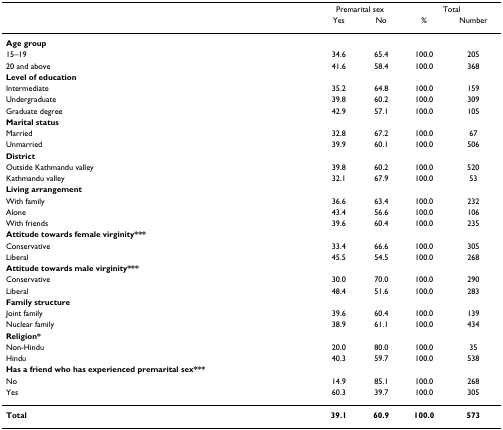
|  | <COLSPAN=2> Premarital sex | <COLSPAN=2> Total |
 |  | Yes | No | % | Number |
 | --- | --- | --- | --- | --- |
 | Age group |  |  |  |  |
 | 15–19 | 34.6 | 65.4 | 100.0 | 205 |
 | 20 and above | 41.6 | 58.4 | 100.0 | 368 |
 | Level of education |  |  |  |  |
 | Intermediate | 35.2 | 64.8 | 100.0 | 159 |
 | Undergraduate | 39.8 | 60.2 | 100.0 | 309 |
 | Graduate degree | 42.9 | 57.1 | 100.0 | 105 |
 | Marital status |  |  |  |  |
 | Married | 32.8 | 67.2 | 100.0 | 67 |
 | Unmarried | 39.9 | 60.1 | 100.0 | 506 |
 | District |  |  |  |  |
 | Outside Kathmandu valley | 39.8 | 60.2 | 100.0 | 520 |
 | Kathmandu valley | 32.1 | 67.9 | 100.0 | 53 |
 | Living arrangement |  |  |  |  |
 | With family | 36.6 | 63.4 | 100.0 | 232 |
 | Alone | 43.4 | 56.6 | 100.0 | 106 |
 | With friends | 39.6 | 60.4 | 100.0 | 235 |
 | Attitude towards female virginity*** |  |  |  |  |
 | Conservative | 33.4 | 66.6 | 100.0 | 305 |
 | Liberal | 45.5 | 54.5 | 100.0 | 268 |
 | Attitude towards male virginity*** |  |  |  |  |
 | Conservative | 30.0 | 70.0 | 100.0 | 290 |
 | Liberal | 48.4 | 51.6 | 100.0 | 283 |
 | Family structure |  |  |  |  |
 | Joint family | 39.6 | 60.4 | 100.0 | 139 |
 | Nuclear family | 38.9 | 61.1 | 100.0 | 434 |
 | Religion* |  |  |  |  |
 | Non-Hindu | 20.0 | 80.0 | 100.0 | 35 |
 | Hindu | 40.3 | 59.7 | 100.0 | 538 |
 | Has a friend who has experienced premarital sex*** |  |  |  |  |
 | No | 14.9 | 85.1 | 100.0 | 268 |
 | Yes | 60.3 | 39.7 | 100.0 | 305 |
 | Total | 39.1 | 60.9 | 100.0 | 573 |